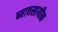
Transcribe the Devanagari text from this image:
ब्यावसायीक